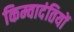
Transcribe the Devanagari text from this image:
किम्वादंतियों